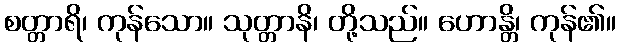
စတ္တာရိ၊ ကုန်သော။ သုတ္တာနိ၊ တို့သည်။ ဟောန္တိ၊ ကုန်၏။